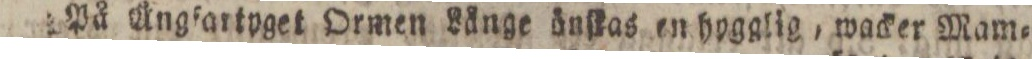
På Ångfartpget Ormen Långe önſkas en hygglig, wacker Mam=